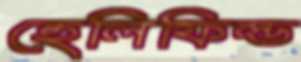
হেলিফিল্ড